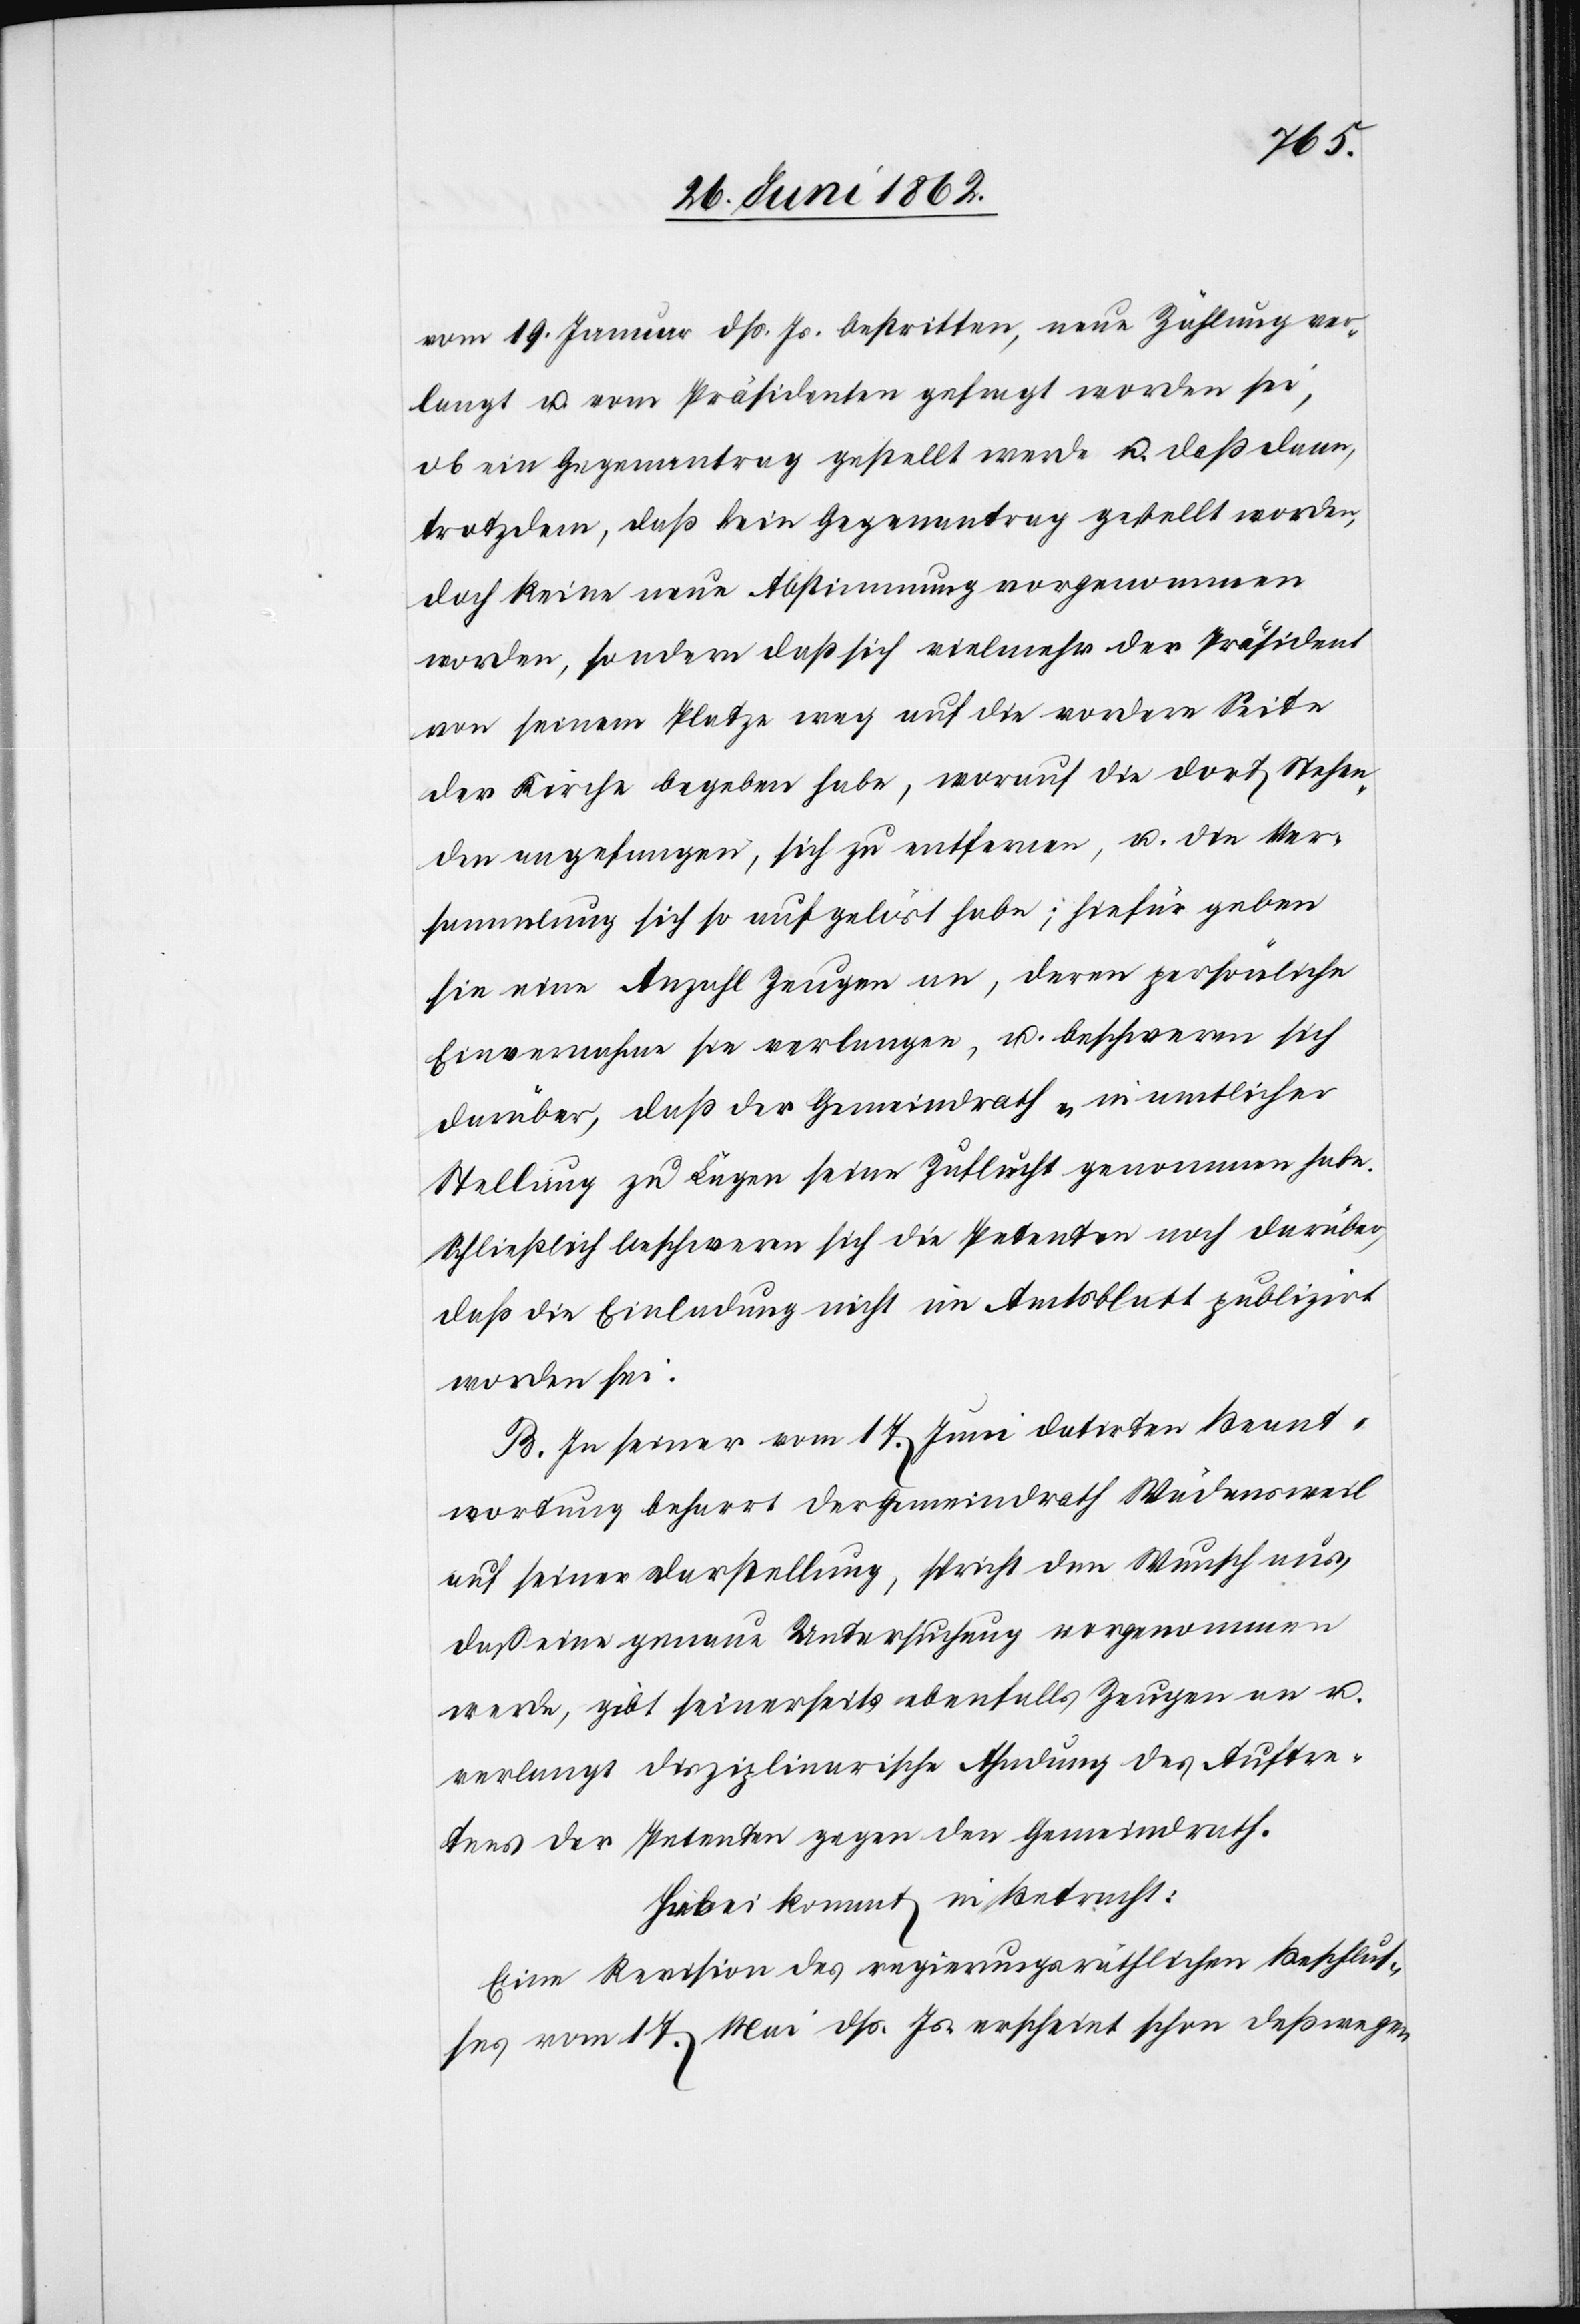
vom 19. Januar dß. Js. bestritten, neue Zählung ver¬
langt u. vom Präsidenten gefragt worden sei,
ob ein Gegenantrag gestellt werde u., daß dann,
trotzdem, daß kein Gegenantrag gestellt worden,
doch keine neue Abstimmung vorgenommen
worden, sondern daß sich vielmehr der Präsident
von seinem Platze weg auf die vordere Seite
der Kirche begeben habe, worauf die dort Stehen¬
den angefangen, sich zu entfernen, u. die Ver¬
sammlung sich so aufgelöst habe; hiefür geben
sie eine Anzahl Zeugen an, deren persönliche
Einvernahme sie verlangen, u. beschweren sich
darüber, daß der Gemeindrath „in amtlicher
Stellung zu Lügen seine Zuflucht genommen habe.[“]
Schließlich beschweren sich die Petenten noch darüber,
daß die Einladung nicht im Amtsblatt publizirt
worden sei.
B. In seiner vom 17. Juni datirten Beant¬
wortung beharrt der Gemeindrath Wädensweil
auf seiner Darstellung, spricht den Wunsch aus,
daß eine genaue Untersuchung vorgenommen
werde, gibt seinerseits ebenfalls Zeugen an u.
verlangt disziplinarische Ahndung des Auftre¬
tens der Petenten gegen den Gemeindrath.
Hiebei kommt in Betracht:
Eine Revision des regierungsräthlichen Beschlus¬
ses vom 17. Mai dß. Js. erscheint schon deßwegen